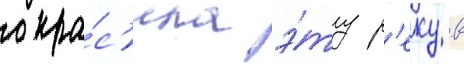
окра́с'ила э́ту р'еку в